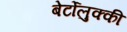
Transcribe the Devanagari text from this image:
बेर्टोलुक्की